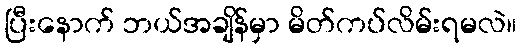
ပြီးနောက် ဘယ်အချိန်မှာ မိတ်ကပ်လိမ်းရမလဲ။